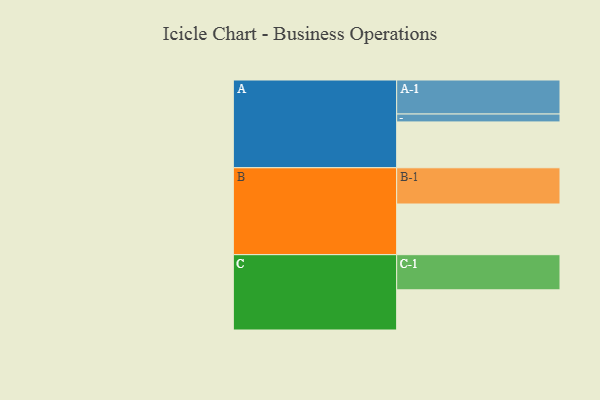
{"axis": {"x": "Segment", "y": "Value"}, "legend": ["", "A", "B", "C"], "data": [{"x": "A", "y": 372, "type": ""}, {"x": "B", "y": 411, "type": ""}, {"x": "C", "y": 326, "type": ""}, {"x": "A-1", "y": 276, "type": "A"}, {"x": "A-2", "y": 64, "type": "A"}, {"x": "B-1", "y": 294, "type": "B"}, {"x": "C-1", "y": 285, "type": "C"}]}